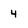
Character: 4